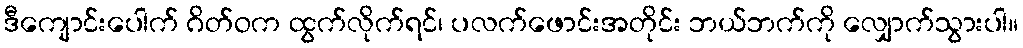
ဒီကျောင်းပေါက် ဂိတ်ဝက ထွက်လိုက်ရင်၊ ပလက်ဖောင်းအတိုင်း ဘယ်ဘက်ကို လျှောက်သွားပါ။